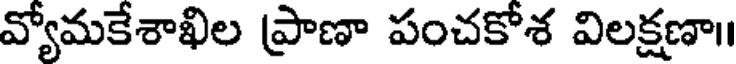
వ్యోమకేశాఖిల ప్రాణా పంచకోశ విలక్షణా॥